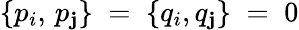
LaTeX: \{ p_{i},\, p_{\mathbf{j}}\} \; =\; \{ q_{i},q_{\mathbf{j}}\} \; =\; 0